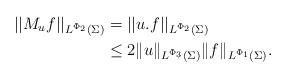
LaTeX: \begin{align*} ||M_u f||_{L^{\Phi_2}(\Sigma)}&=||u.f||_{L^{\Phi_2}(\Sigma)}\\ &\leq2\|u\|_{L^{\Phi_3}(\Sigma)}\|f\|_{L^{\Phi_1}(\Sigma)}.\end{align*}